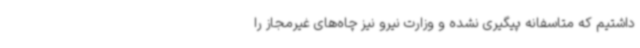
داشتیم که متاسفانه پیگیری نشده و وزارت نیرو نیز چاه‌های غیرمجاز را